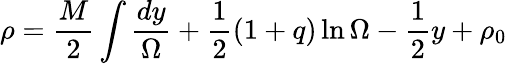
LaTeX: \rho=\frac{M}{2}\int\frac{dy}{\Omega}+\frac{1}{2}(1+q)\ln\Omega-\frac{1}{2}y+\rho_{0}